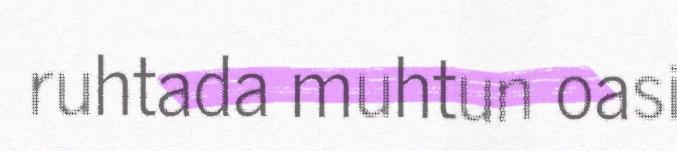
ruhtada muhtun oasi